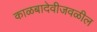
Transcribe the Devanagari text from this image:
काळबादेवीजवळील